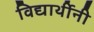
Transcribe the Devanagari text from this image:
विद्यार्थीनी